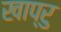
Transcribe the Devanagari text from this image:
खाप्रु